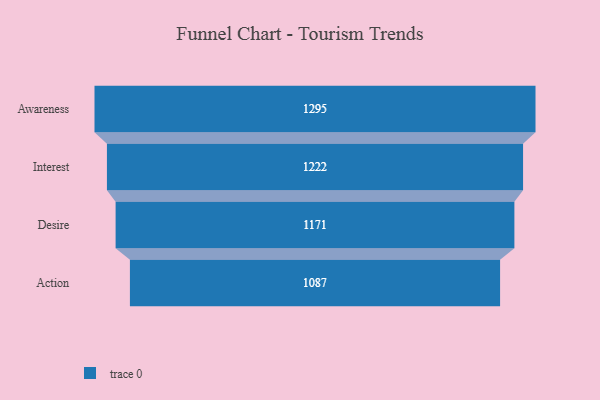
{"axis": {"x": "Stage", "y": "Value"}, "legend": [""], "data": [{"x": "Awareness", "y": 1295.0, "type": ""}, {"x": "Interest", "y": 1222.0, "type": ""}, {"x": "Desire", "y": 1171.0, "type": ""}, {"x": "Action", "y": 1087.0, "type": ""}]}